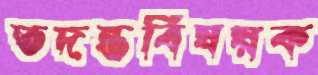
তদন্তবিষয়ক